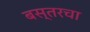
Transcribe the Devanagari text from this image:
बस्तरचा